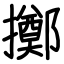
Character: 擲